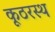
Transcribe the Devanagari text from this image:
कूठरस्थ